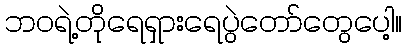
ဘဝရဲ့တိုရေရှားရေပွဲတော်တွေပေါ့။